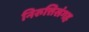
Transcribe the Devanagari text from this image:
निरुत्तिसंगह